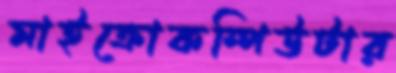
মাইক্রোকম্পিউটার